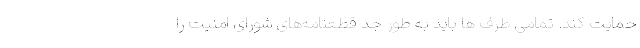
حمایت کند. تمامی طرف ها باید به طور جد قطعنامه‌های شورای امنیت را